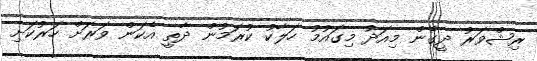
ރިޝްވަރު ދީގެން މިއަދު މިގައުމު ހަލާކު ކުރަމުން ދާތީ އެކަން ވަރަށް ހަރުކަށި